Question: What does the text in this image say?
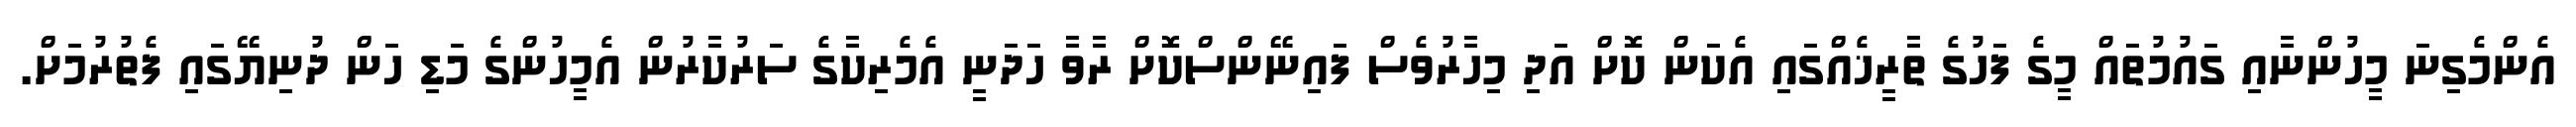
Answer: އެންމެގިނަ މީހުންނާއި ގައުމުތައް މީގެ ފަހުގެ ތާރީޚެއްގައި އެކަން ކޮށް އަދި މިހާރުވެސް ފައިނޭންސްކޮށް ރާވާ ހަދަނީ އެމެރިކާގެ ސަރުކާރުން އެމީހުންގެ މަޑި ހަން ދުނިޔޭގައި ފެތުރުމަށް.